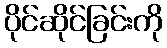
ပိုင်ဆိုင်ခြင်းကို